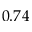
0 . 7 4